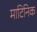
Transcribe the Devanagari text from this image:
माटिनिक